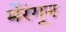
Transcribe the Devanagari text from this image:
मेंरंगून